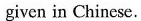
given in Chinese.